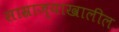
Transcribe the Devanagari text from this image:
साम्राज्याखालील